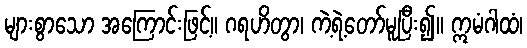
များစွာသော အကြောင်းဖြင့်။ ဂရဟိတွာ၊ ကဲ့ရဲ့တော်မူပြီး၍။ ဣမံဂါထံ၊